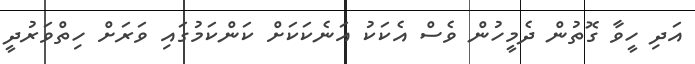
އަދި ހީވާ ގޮތުން ދެމީހުން ވެސް އެކަކު އަނެކަކަށް ކަންކަމުގައި ވަރަށް ހިތްވަރުދީ